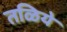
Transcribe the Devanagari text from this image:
तळिये